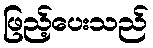
ဖြည့်ပေးသည်